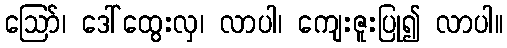
ဪ၊ ဒေါ်ထွေးလှ၊ လာပါ၊ ကျေးဇူးပြု၍ လာပါ။